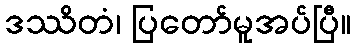
ဒဿိတံ၊ ပြတော်မူအပ်ပြီ။